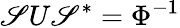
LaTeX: \mathscr{S}U\mathscr{S}^{*}=\Phi^{-1}